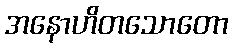
အနောဟိတသောတော